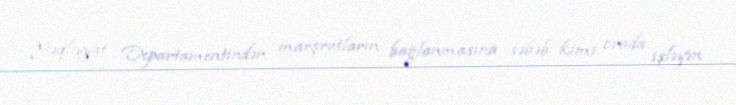
Nəqliyyat Departamentindən marşrutların bağlanmasına səbəb kimi orada işləyən